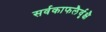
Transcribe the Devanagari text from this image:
सर्वकाफलैर्वृक्षै